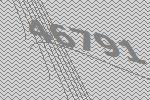
46791